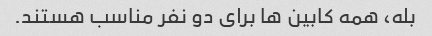
بله، همه کابین ها برای دو نفر مناسب هستند.